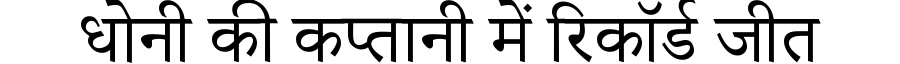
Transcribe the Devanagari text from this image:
धोनी की कप्तानी में रिकॉर्ड जीत